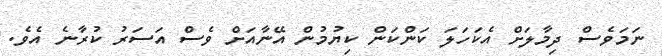
ނަމަވެސް ދިމާލަށް އެކަހަލަ ކަންކަން ކިޔުމުން އޭނާއަށް ވެސް އަސަރު ކުރާނެ އެވެ.